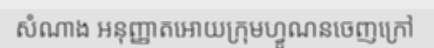
សំណាង អនុញ្ញាតអោយក្រុមហ្វូណនចេញក្រៅ